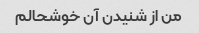
من از شنیدن آن خوشحالم